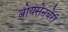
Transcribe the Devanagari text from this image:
बोयसेनबेरी